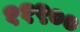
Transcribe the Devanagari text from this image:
११९००